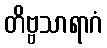
တိဗ္ဗသာရာဂံ